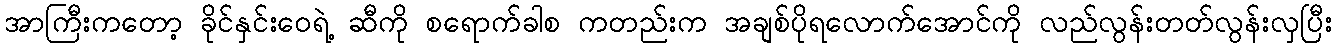
အာကြီးကတော့ ခိုင်နှင်းဝေရဲ့ ဆီကို စရောက်ခါစ ကတည်းက အချစ်ပိုရလောက်အောင်ကို လည်လွန်းတတ်လွန်းလှပြီး